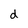
Character: d